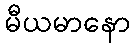
မီယမာနော